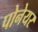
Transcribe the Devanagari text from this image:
पोनेयर